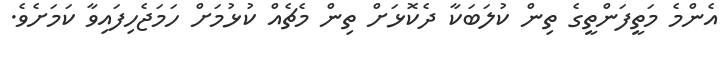
އެންމެ މަތީފަންތީގެ ތިން ކުލަބަކާ ދެކޮޅަށް ތިން މެޗެއް ކުޅުމަށް ހަމަޖެހިފައިވާ ކަމަށެވެ.